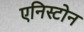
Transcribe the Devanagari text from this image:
एनिस्टोन